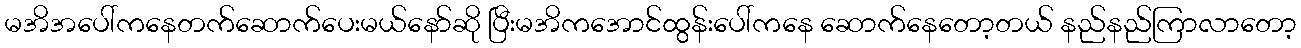
မအိအပေါ်ကနေတက်ဆောက်ပေးမယ်နော်ဆို ပြီးမအိကအောင်ထွန်းပေါ်ကနေ ဆောက်နေတော့တယ် နည်နည်ကြာလာတော့